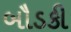
બૌડકી